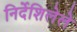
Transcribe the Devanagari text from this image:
निर्देशिलेले